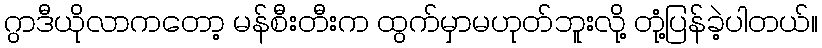
ဂွာဒီယိုလာကတော့ မန်စီးတီးက ထွက်မှာမဟုတ်ဘူးလို့ တုံ့ပြန်ခဲ့ပါတယ်။